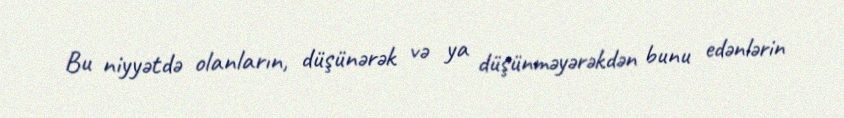
Bu niyyətdə olanların, düşünərək və ya düşünməyərəkdən bunu edənlərin